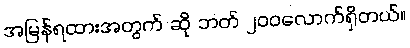
အမြန်ရထားအတွက် ဆို ဘတ် ၂၀၀လောက်ရှိတယ်။